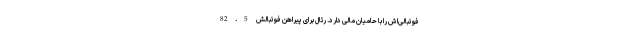
فوتبالی‌اش را با حامیان مالی دارد. رئال برای پیراهن فوتبالش 82.5